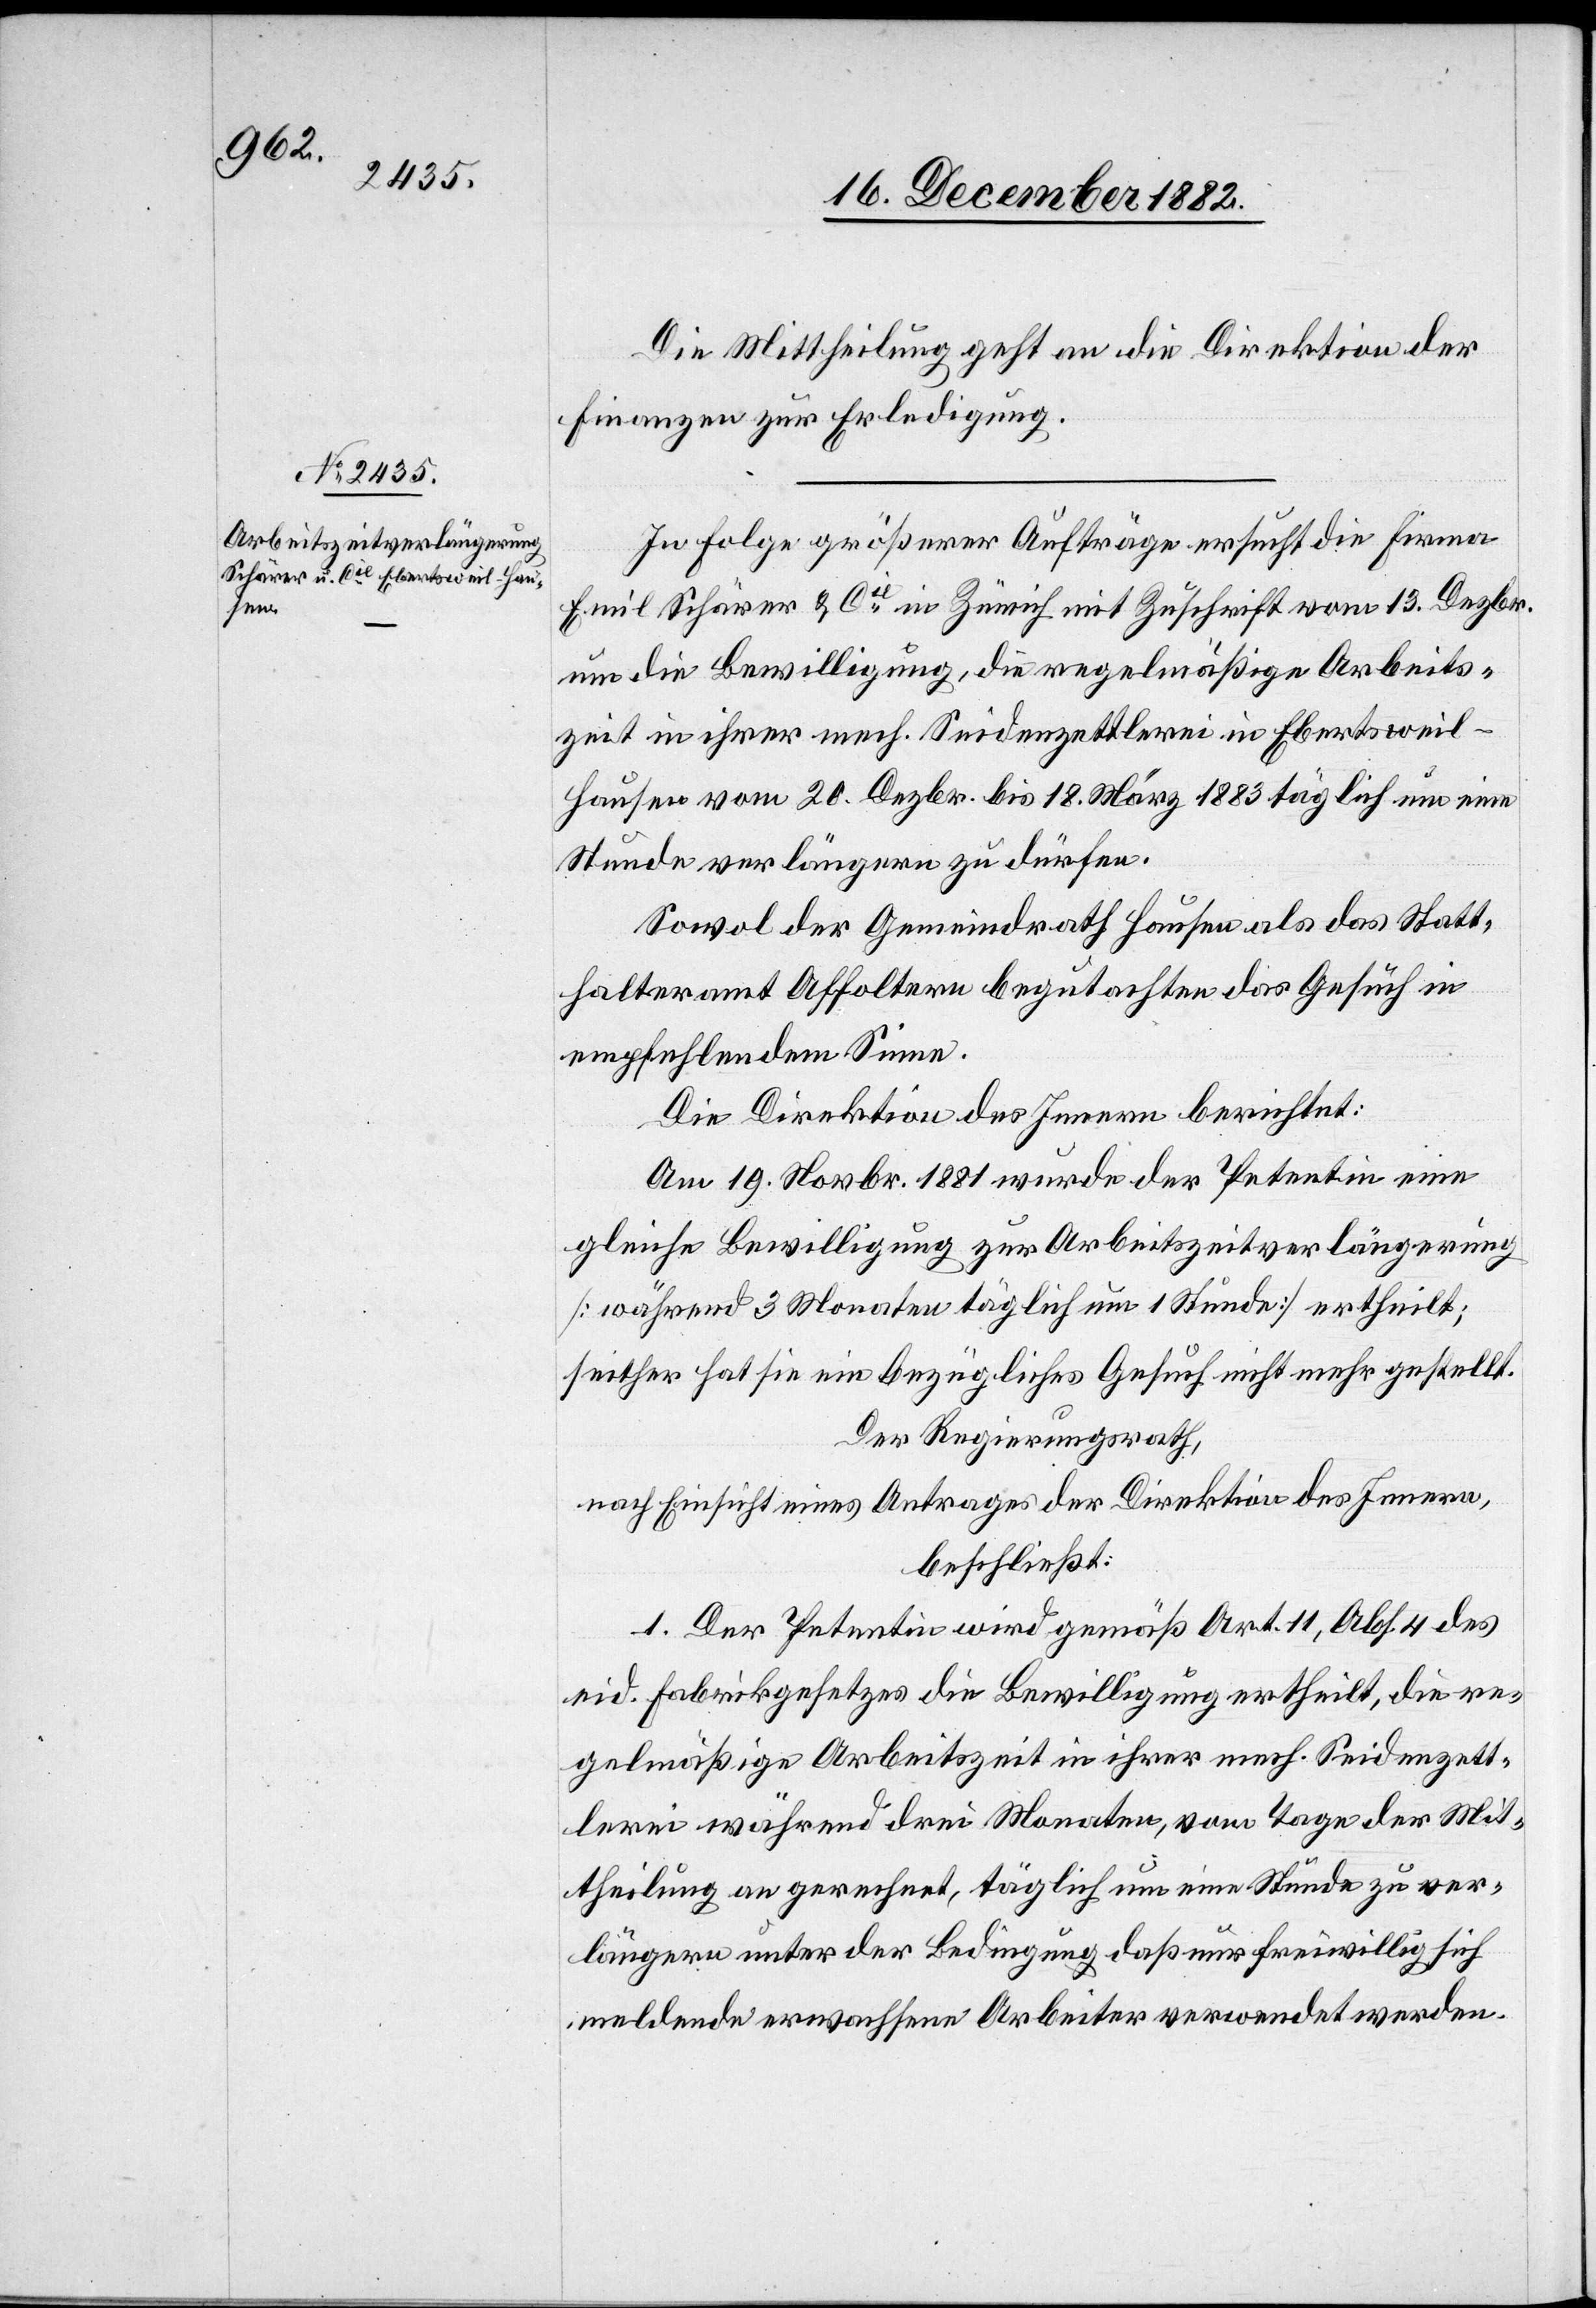
20. December 1882.]
Die Mittheilung geht an die Direktion der
Finanzen zur Erledigung.
In Folge größerer Aufträge ersucht die Firma
Emil Schärer & Cie in Zürich mit Zuschrift vom 13. Dezbr.
um die Bewilligung, die regelmäßige Arbeits¬
zeit in ihrer mech. Seidenzettlerei in Ebertsweil -
Hausen vom 20. Dezbr. bis 18. März 1880 täglich um eine
Stunde verlängern zu dürfen.
Sowol der Gemeindrath Hausen als das Statt¬
halteramt Affoltern begutachten das Gesuch in
empfehlendem Sinne.
Die Direktion des Innern berichtet:
Am 19. Novbr. 1881 wurde der Petentin eine
gleiche Bewilligung zur Arbeitszeitverlängerung
[während 3 Monaten täglich um 1 Stunde] ertheilt;
seither hat sie ein bezügliches Gesuch nicht mehr gestellt.
Der Regierungsrath,
nach Einsicht eines Antrages der Direktion des Innern,
beschließt:
1. Der Petentin wird gemäß Art. 11, Abs. 4 des
eid. Fabrikgesetzes die Bewilligung ertheilt, die re¬
gelmäßige Arbeitszeit in ihrer mech. Seidenzett¬
lerei während drei Monaten, vom Tage der Mit¬
theilung an gerechnet, täglich um eine Stunde zu ver¬
längern unter der Bedingung[,] daß nur freiwillig sich
meldende erwachsene Arbeiter verwendet werden.